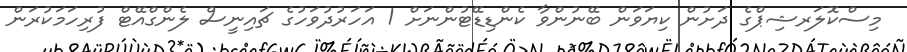
މިސްކޮލަރޝިޕްގެ ދަށުން ކިޔަވަން ބޭނުންވާ ކެންޑިޑޭޓުންނަށް 1 އަހަރުދުވަހުގެ ޗައިނީސް ލެންގްއޭޓް ފުރިހަމަކުރަން